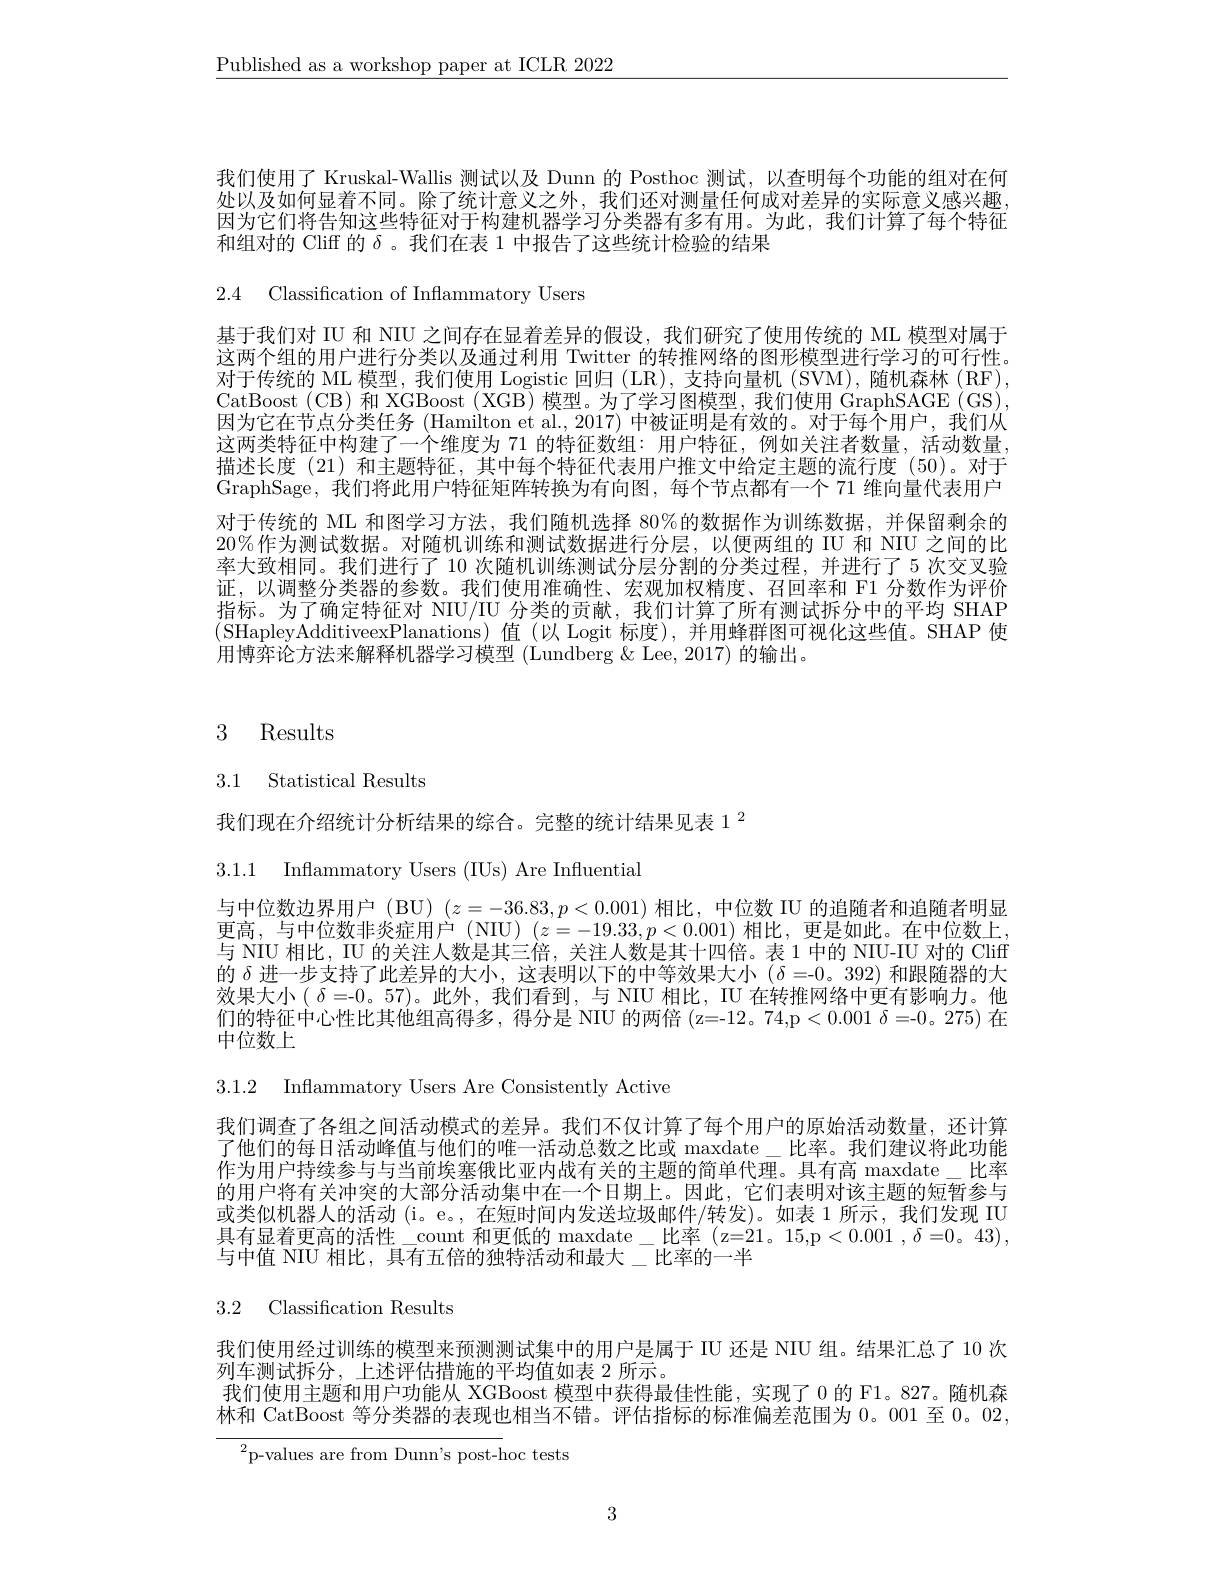
$\underline{\text{Published as a workshop paper at ICLR 2022}}$

我们使用了 Kruskal-Wallis 测试以及 Dunn 的 Posthoc 测试，以查明每个功能的组对在何处以及如何显着不同。除了统计意义之外，我们还对测量任何成对差异的实际意义感兴趣因为它们将告知这些特征对于构建机器学习分类器有多有用。为此，我们计算了每个特征和组对的 Cliff 的$\delta$。我们在表 1 中报告了这些统计检验的结果

2.4 Classification of Inflammatory Users

基于我们对 IU 和 NIU 之间存在显着差异的假设，我们研究了使用传统的 ML 模型对属于这两个组的用户进行分类以及通过利用 Twitter 的转推网络的图形模型进行学习的可行性对于传统的 ML 模型，我们使用 Logistic 回归 (LR), 支持向量机 (SVM),随机森林 (RF) CatBoost (CB) 和 XGBoost (XGB) 模型。为了学习图模型，我们使用 GraphSAGE (GS) 因为它在节点分类任务 (Hamilton et al.,2017) 中被证明是有效的。对于每个用户，我们从这两类特征中构建了一个维度为 71 的特征数组：用户特征，例如关注者数量，活动数量， 描述长度(21)和主题特征，其中每个特征代表用户推文中给定主题的流行度(50)。对于GraphSage,我们将此用户特征矩阵转换为有向图，每个节点都有一个 71 维向量代表用户对于传统的 ML 和图学习方法，我们随机选择 80%的数据作为训练数据，并保留剩余的20%作为测试数据。对随机训练和测试数据进行分层，以便两组的 IU 和 NIU 之间的比率大致相同。我们进行了 10 次随机训练测试分层分割的分类过程，并进行了 5 次交叉验证，以调整分类器的参数。我们使用准确性、宏观加权精度、召回率和 F1 分数作为评价指标。为了确定特征对 NIU/IU 分类的贡献，我们计算了所有测试拆分中的平均 SHAP (SHapleyAdditiveexPlanations)值(以 Logit 标度),并用蜂群图可视化这些值。SHAP 使用博弈论方法来解释机器学习模型 (Lundberg & Lee, 2017) 的输出。

# 3 Results

3.1 Statistical Results

我们现在介绍统计分析结果的综合。完整的统计结果见表 1$^{2}$

3.1.1 Inflammatory Users (IUs) Are Influential

与中位数边界用户 (BU) $(z=-36.83,p<0.001)$相比，中位数 IIU 的追随者和追随者明显

更高，与中位数非炎症用户(NIU)(z=-19.33,p<0.001)相比，更是如此。在中位数上，

与 NIU 相比，IU 的关注人数是其三倍，关注人数是其十四倍。表 1 中的 NIU-IU 对的 Cliff

的$\delta$进一步支持了此差异的大小，这表明以下的中等效果大小($\delta=0$。392)和跟随器的大

效果大小( $\delta=0$。57)。此外，我们看到，与 NIU 相比，IU 在转推网络中更有影响力。他

们的特征中心性比其他组高得多，得分是 NIU 的两倍 (z=-12。74,p<0.001 $\delta=-0$。275)在

中位数上

3.1.2 Inflammatory Users Are Consistently Active

我们调查了各组之间活动模式的差异。我们不仅计算了每个用户的原始活动数量，还计算了他们的每日活动峰值与他们的唯一活动总数之比或 maxdate\_比率。我们建议将此功能作为用户持续参与与当前埃塞俄比亚内战有关的主题的简单代理。具有高 maxdate\_比率的用户将有关冲突的大部分活动集中在一个日期上。因此，它们表明对该主题的短暂参与或类似机器人的活动 (i。e。,在短时间内发送垃圾邮件/转发)。如表 1 所示，我们发现 IU 具有显着更高的活性\_count 和更低的 maxdate\_比率(z=21。15,p<0.001,\delta=0。43), 与中值 NIU 相比，具有五倍的独特活动和最大\_比率的一半

3.2 Classification Results

我们使用经过训练的模型来预测测试集中的用户是属于 IU 还是 NIU 组。结果汇总了 10 次
列车测试拆分，上述评估措施的平均值如表 2 所示。
我们使用主题和用户功能从 XGBoost 模型中获得最佳性能，实现了0 的 F1。827。随机森林和 CatBoost 等分类器的表现也相当不错。评估指标的标准偏差范围为0。001至0。02,

${}^{2}$p-values are from Dunn's post-hoc tests

3